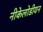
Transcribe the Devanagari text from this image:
नीकेलोडीयन